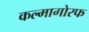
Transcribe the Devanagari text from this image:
कल्मागोरफ